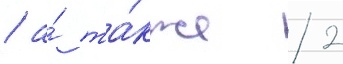
/ а́ та́кже 2